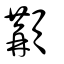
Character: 顜